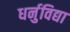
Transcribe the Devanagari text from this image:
धर्नुविद्या